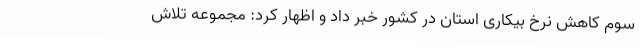
سوم کاهش نرخ بیکاری استان در کشور خبر داد و اظهار کرد: مجموعه تلاش